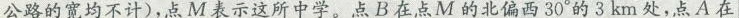
公路的宽均不计)，点M表示这所中学。点B在点M的北偏西30°的3km处，点A